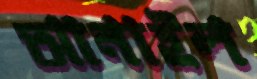
আনাইল